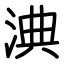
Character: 淟